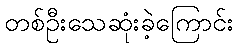
တစ်ဦးသေဆုံးခဲ့ကြောင်း